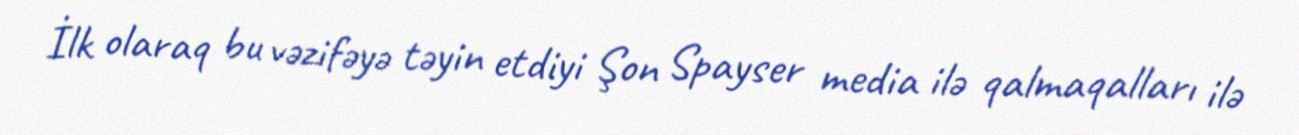
İlk olaraq bu vəzifəyə təyin etdiyi Şon Spayser media ilə qalmaqalları ilə